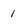
Character: 1